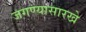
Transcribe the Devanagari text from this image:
जगण्यासारखे